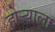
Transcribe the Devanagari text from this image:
होर्‍याला